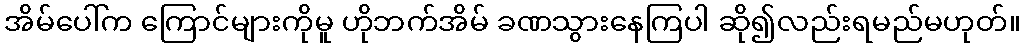
အိမ်ပေါ်က ကြောင်များကိုမူ ဟိုဘက်အိမ် ခဏသွားနေကြပါ ဆို၍လည်းရမည်မဟုတ်။